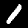
Label: 1